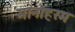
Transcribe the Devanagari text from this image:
मानोहरम